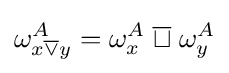
\omega _{x{\overline {\lor }}y}^{A}=\omega _{x}^{A}\;{\overline {\sqcup }}\;\omega _{y}^{A}\,\!